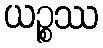
ယဉ္စဿ